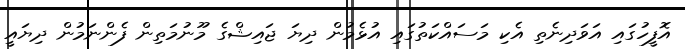
އޮފީހުގައި އަވަދިނެތި އެކި މަސައްކަތުގައި އުޅެމުން ދިޔަ ޖައިޝްގެ މޫނުމަތިން ފެންނަމުން ދިޔައީ